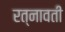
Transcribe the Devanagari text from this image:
रत्नावती